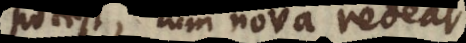
potest, cum nova redeat